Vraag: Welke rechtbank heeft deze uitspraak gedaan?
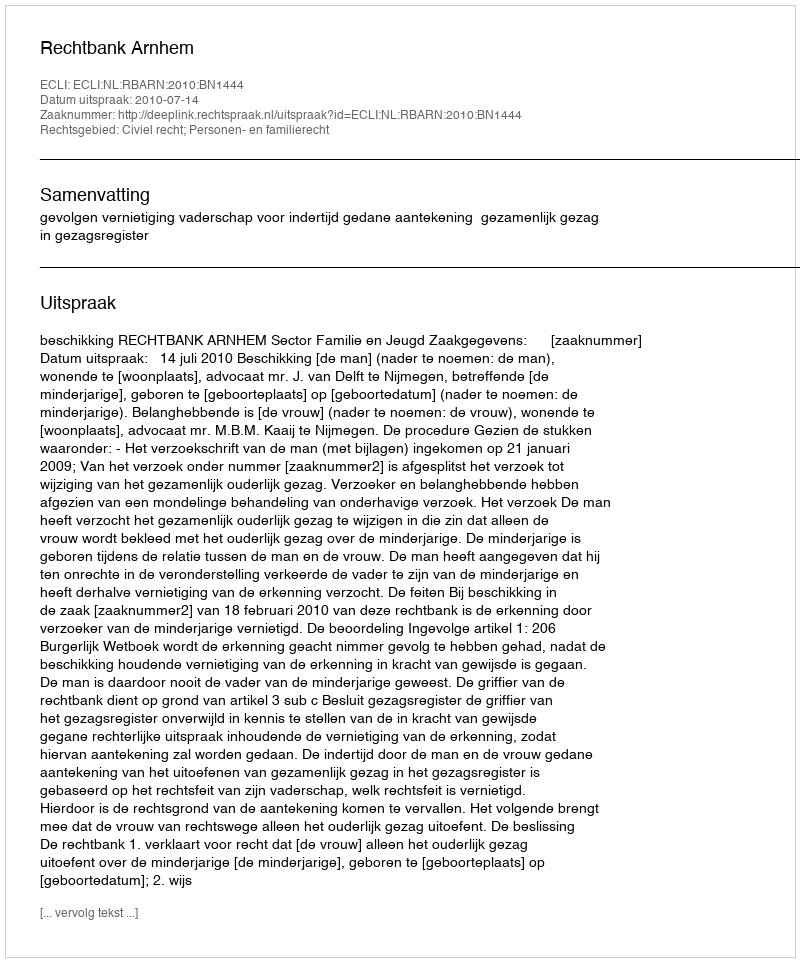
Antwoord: Rechtbank Arnhem